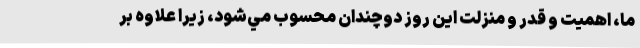
ما، اهميت و قدر و منزلت اين روز دوچندان محسوب مي‌شود، زيرا علاوه بر